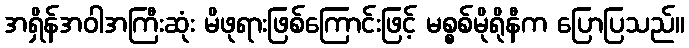
အရှိန်အဝါအကြီးဆုံး မိဖုရားဖြစ်ကြောင်းဖြင့် မစ္စစ်မိုရိုနီက ပြောပြသည်။